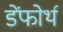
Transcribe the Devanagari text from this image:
डेंफोर्थ